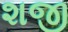
શજી